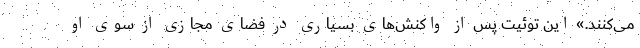
می‌کنند.» این توئیت پس از واکنش‌های بسیاری در فضای مجازی از سوی او